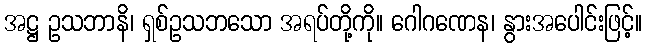
အဋ္ဌ ဥသဘာနိ၊ ရှစ်ဥသဘသော အရပ်တို့ကို။ ဂေါဂဏေန၊ နွားအပေါင်းဖြင့်။